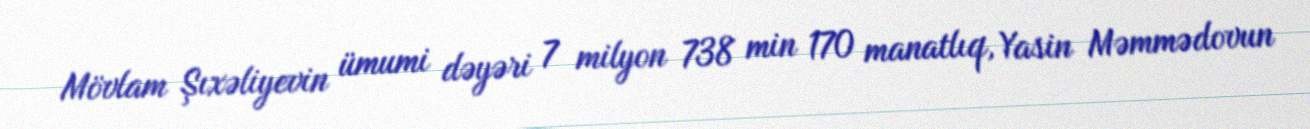
Mövlam Şıxəliyevin ümumi dəyəri 7 milyon 738 min 170 manatlıq, Yasin Məmmədovun